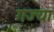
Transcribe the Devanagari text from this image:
गज्या